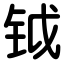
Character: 钺